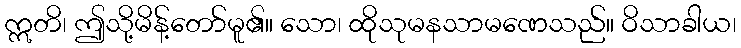
ဣတိ၊ ဤသို့မိန့်တော်မူ၏။ သော၊ ထိုသုမနသာမဏေသည်။ ဝိသာခါယ၊